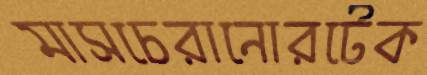
মাসচেরানোরটেক